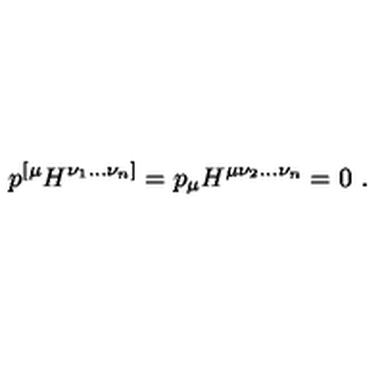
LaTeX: p ^ { [ \mu } H ^ { \nu _ { 1 } . . . \nu _ { n } ] } = p _ { \mu } H ^ { \mu \nu _ { 2 } . . . \nu _ { n } } = 0 \ .